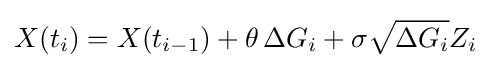
X(t_{i})=X(t_{i-1})+\theta \,\Delta G_{i}+\sigma {\sqrt {\Delta G_{i}}}Z_{i}